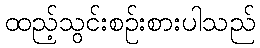
ထည့်သွင်းစဉ်းစားပါသည်